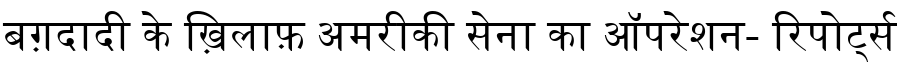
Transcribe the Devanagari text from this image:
बग़दादी के ख़िलाफ़ अमरीकी सेना का ऑपरेशन- रिपोर्ट्स